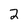
Character: 2